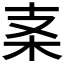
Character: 𱣀